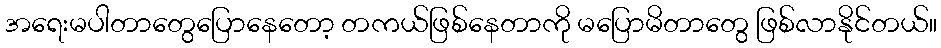
အရေးမပါတာတွေပြောနေတော့ တကယ်ဖြစ်နေတာကို မပြောမိတာတွေ ဖြစ်လာနိုင်တယ်။